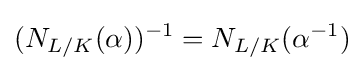
(N_{L/K}(\alpha ))^{-1}=N_{L/K}(\alpha ^{-1})